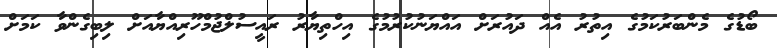
ބޯޑުގެ މެންބަރުކަމުގެ އިތުރު އެއް ދައުރަށް އައްޔަނުކުރުމުގެ އިހްތިޔާރު ރައީސުލްޖުމްހޫރިއްޔާއަށް ލިބިގެންވާ ކަމަށް